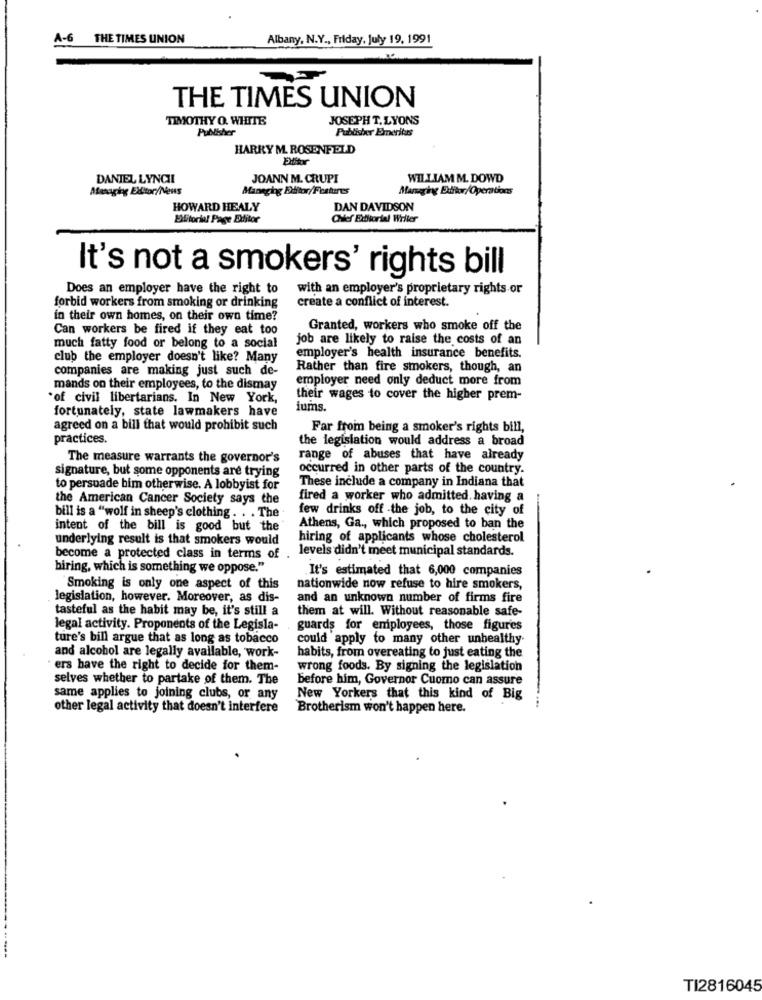
A-6
THE TIMES UNION
Albany, N.Y ., Friday, July 19, 1991
THE TIMES UNION
TIMOTHY O. WHITE
JOSEPH T.LYONS
Publisher
Publisher Emeritus
HARRY M. ROSENFELD
Ellitor
DANIEL LYNCHI
JOANN M. CRUPI
WILLIAM M. DOWD
Atenaging Extor/News
Managing Eilitor/Features
Managing Editor/Operations
HOWARD HEALY
DAN DAVIDSON
Elitorial Page Editor
Chief Exttorial Writer
It's not a smokers' rights bill
Does an employer have the right to
with an employer's proprietary rights or
forbid workers from smoking or drinking
create a conflict of interest.
in their own homes, on their own time?
Can workers be fired if they eat too
Granted, workers who smoke off the
job are likely to raise the costs of an
much fatty food or belong to a social
club the employer doesn't like? Many
employer's health insurance benefits.
companies are making just such de-
Rather than fire smokers, though, an
employer need only deduct more from
mands on their employees, to the dismay
of civil libertarians. In New York,
their wages to cover the higher prem-
fortunately, state lawmakers have
iums.
agreed on a bill that would prohibit such
Far from being a smoker's rights bill,
practices.
the legislation would address a broad
The measure warrants the governor's
range of abuses that have already
occurred in other parts of the country.
signature, but some opponents are trying
These include a company in Indiana that
to persuade bim otherwise. A lobbyist for
the American Cancer Society says the
fired a worker who admitted. having a
few drinks off -the job, to the city of
bill is a "wolf in sheep's clothing . . . The
intent of the bill is good but the
Athens, Ga ., which proposed to ban the
underlying result is that smokers would
hiring of applicants whose cholesterol
levels didn't meet municipal standards.
become a protected class in terms of
hiring, which is something we oppose."
It's estimated that 6,000 companies
Smoking is only one aspect of this
nationwide now refuse to hire smokers,
legislation, however. Moreover, as dis-
and an unknown number of firms fire
tasteful as the habit may be, it's still a
them at will. Without reasonable safe-
legal activity. Proponents of the Legisla-
guards for employees, those figures
ture's bill argue that as long as tobacco
could apply to many other unhealthy
and alcohol are legally available, work-
habits, from overeating to just eating the
ers have the right to decide for them-
wrong foods. By signing the legislation
selves whether to partake of them. The
before him, Governor Cuomo can assure
same applies to joining clubs, or any
New Yorkers that this kind of Big
...
other legal activity that doesn't interfere
Brotherism won't happen here.
TI2816045